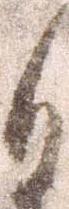
日